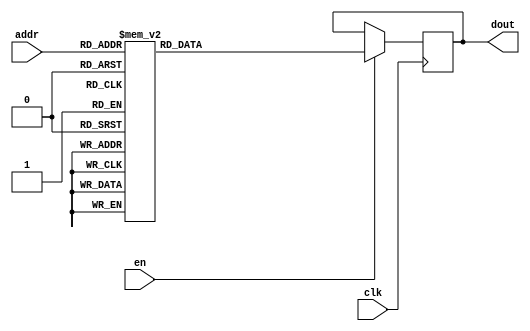
module DC_7_REF_ROM_15(
// inputs
clk,
en,
addr,
// outputs
dout
);
localparam ROM_WID = 14;
localparam ROM_DEP = 32;
localparam ROM_ADDR = 5;
// input definition
input clk;
input en;
input [ROM_ADDR-1:0] addr;
// output definition
output [ROM_WID-1:0] dout;
reg [ROM_WID-1:0] data;
always @(posedge clk)
begin
if (en) begin
case(addr)
		5'd0: data <= 14'b01001101100100;
		5'd1: data <= 14'b01001000011010;
		5'd2: data <= 14'b01001111011100;
		5'd3: data <= 14'b01001001110110;
		5'd4: data <= 14'b01001011010000;
		5'd5: data <= 14'b01001001100001;
		5'd6: data <= 14'b01001010100001;
		5'd7: data <= 14'b01000110010001;
		5'd8: data <= 14'b01001000000100;
		5'd9: data <= 14'b01001000100100;
		5'd10: data <= 14'b01001001011011;
		5'd11: data <= 14'b01000111010100;
		5'd12: data <= 14'b01000110010001;
		5'd13: data <= 14'b01001101101010;
		5'd14: data <= 14'b01001000000001;
		5'd15: data <= 14'b01000111001100;
		5'd16: data <= 14'b01001011000011;
		5'd17: data <= 14'b01001010010001;
		5'd18: data <= 14'b01001000000000;
		5'd19: data <= 14'b01001100010101;
		5'd20: data <= 14'b01000111100010;
		5'd21: data <= 14'b01001011110111;
		5'd22: data <= 14'b01001000011110;
		5'd23: data <= 14'b01001010000001;
		5'd24: data <= 14'b01001001000100;
		5'd25: data <= 14'b01000110100011;
		5'd26: data <= 14'b01000110000001;
		5'd27: data <= 14'b01001011001100;
		5'd28: data <= 14'b01001010101101;
		5'd29: data <= 14'b01001011011001;
		5'd30: data <= 14'b01001011001000;
		5'd31: data <= 14'b01000011101010;
		endcase
		end
	end
	assign dout = data;
endmodule